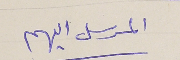
المرسل اليهم